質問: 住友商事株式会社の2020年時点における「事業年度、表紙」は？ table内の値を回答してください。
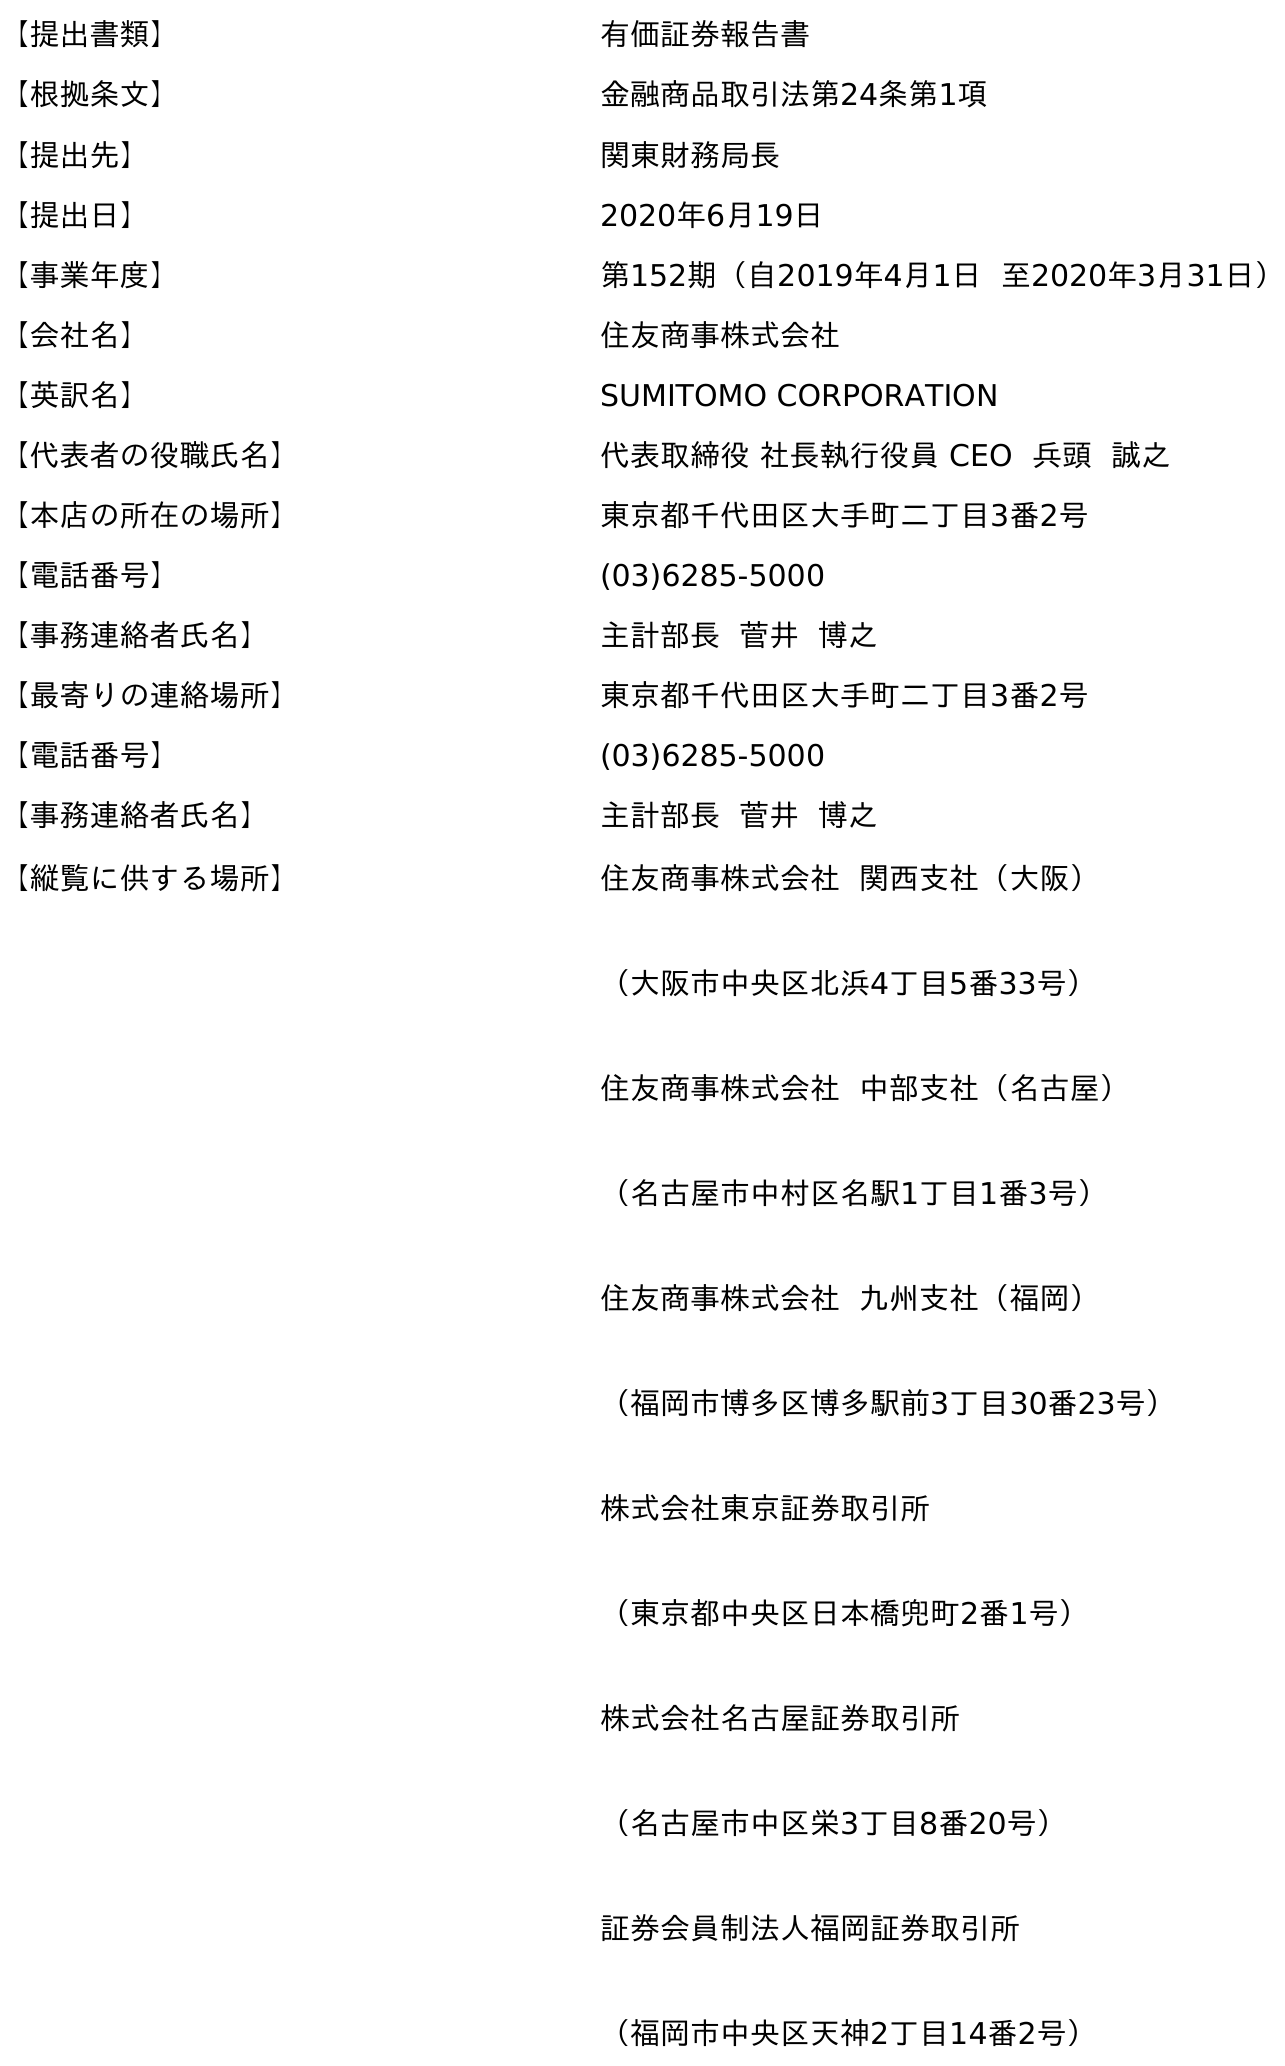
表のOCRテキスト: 【提出書類】 有価証券報告書 【根拠条文】 金融商品取引法第24条第1項 【提出先】 関東財務局長 【提出日】 2020年6月19日 【事業年度】 第152期（自2019年4月1日 至2020年3月31日） 【会社名】 住友商事株式会社 【英訳名】 SUMITOMO CORPORATION 【代表者の役職氏名】 代表取締役 社長執行役員 CEO 兵頭 誠之 【本店の所在の場所】 東京都千代田区大手町二丁目3番2号 【電話番号】 (03)6285-5000 【事務連絡者氏名】 主計部長 菅井 博之 【最寄りの連絡場所】 東京都千代田区大手町二丁目3番2号 【電話番号】 (03)6285-5000 【事務連絡者氏名】 主計部長 菅井 博之 【縦覧に供する場所】 住友商事株式会社 関西支社（大阪） （大阪市中央区北浜4丁目5番33号） 住友商事株式会社 中部支社（名古屋） （名古屋市中村区名駅1丁目1番3号） 住友商事株式会社 九州支社（福岡） （福岡市博多区博多駅前3丁目30番23号） 株式会社東京証券取引所 （東京都中央区日本橋兜町2番1号） 株式会社名古屋証券取引所 （名古屋市中区栄3丁目8番20号） 証券会員制法人福岡証券取引所 （福岡市中央区天神2丁目14番2号）
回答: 第152期（自2019年4月1日至2020年3月31日）